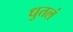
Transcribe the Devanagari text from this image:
धुतलं